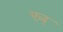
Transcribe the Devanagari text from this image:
एज्